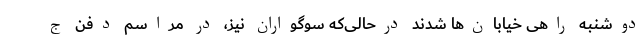
دوشنبه راهی خیابان‌ها شدند درحالی‌که سوگواران نیز، در مراسم دفن ج